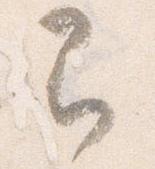
即